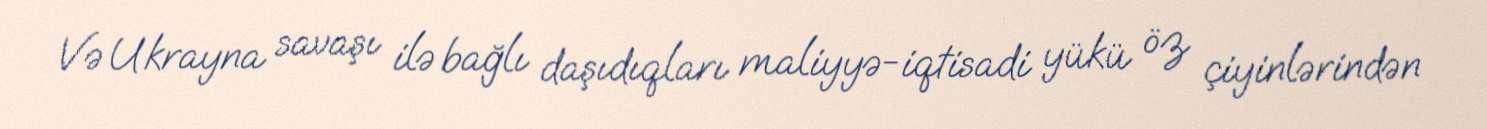
Və Ukrayna savaşı ilə bağlı daşıdıqları maliyyə-iqtisadi yükü öz çiyinlərindən